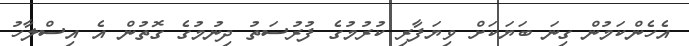
އެހެންކަމުން ގިނަ ބަޔަކަށް ވިޔަފާރި ކުރުމުގެ ފުރުސަތު ދިނުމުގެ ގޮތުން އެ އިސްލާހު